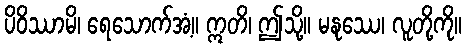
ပိဝိဿာမိ၊ ရေသောက်အံ့။ ဣတိ၊ ဤသို့။ မနုဿေ၊ လူတို့ကို။